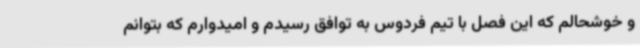
و خوشحالم که این فصل با تیم فردوس به توافق رسیدم و امیدوارم که بتوانم